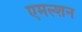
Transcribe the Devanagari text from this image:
एमल्शन